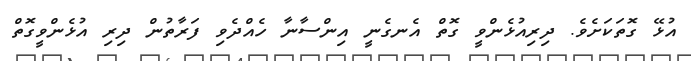
އުޅޭ ގޮތަކަށެވެ. ދިރިއުޅެންވީ ގޮތް އެނގެނީ އިންސާނާ ހެއްދެވި ފަރާތުން ދިރި އުޅެންވީގޮތް